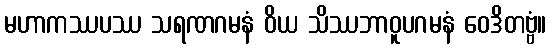
မဟာကဿပဿ သရဏဂမနံ ဝိယ သိဿဘာဝူပဂမနံ ဝေဒိတဗ္ဗံ။